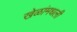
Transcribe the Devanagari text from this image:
खेळांमधली